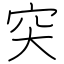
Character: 突